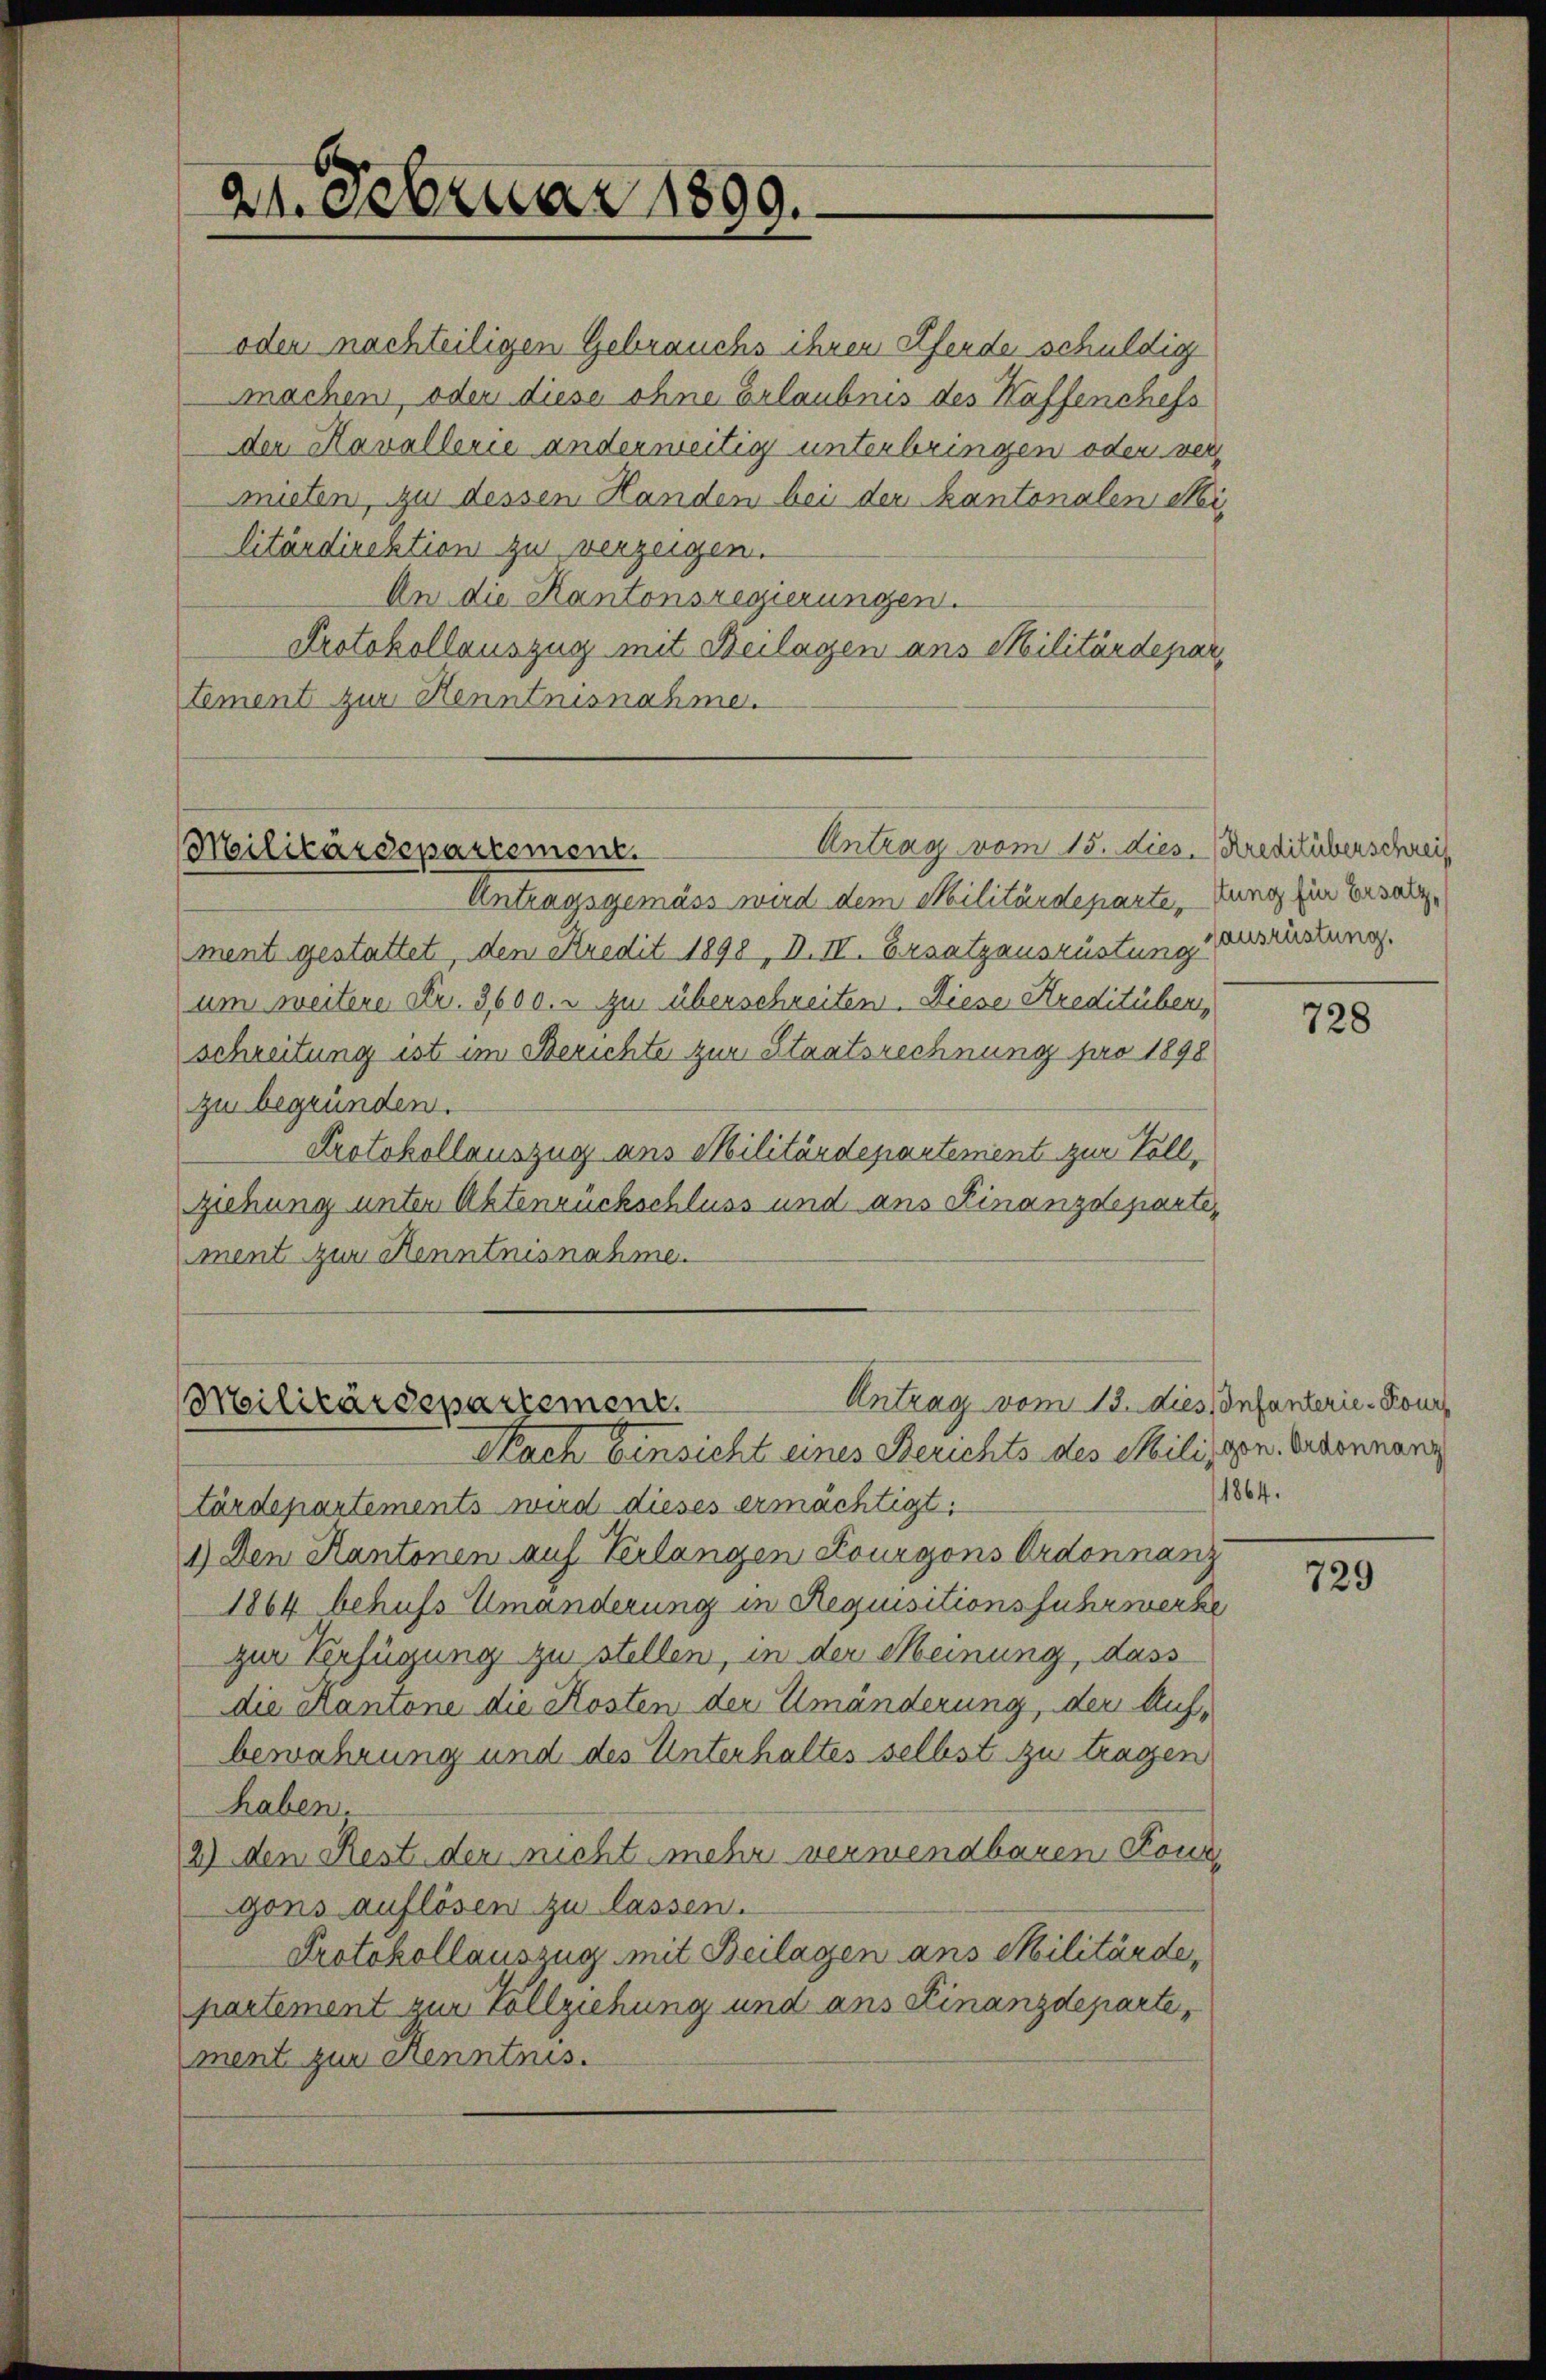
21. Februar 1899.

oder nachteiligen Gebrauchs ihren Pferde schuldig
machen, oder diese ohne Erlaubnis des Kaffenchefs
der Kavallerie anderweitig unterbringen oder vermieten, zu dessen Handen bei der Kantonalen Militärdirektion zu verzeigen.
An die Kantonsregierungen.
Protokollauszug mit Beilagen aus Militärdepar¬
Tement zur Henntnisnahme.

Antrag vom 15. dies. Kredilüberschreif
Militärdepartement.

Antrag vom 13. dies Infanterie-Pour
Militärdepartement.
Nach Einsicht eines Berichts des Milizzen. Ordonnanz

Antragsgemäss wird dem Militärdeparte, Jung für Ersatzment gestattet, dem Kredit 1898, D. III. Ersatzensrüstung verrückung.
um weitere Fr. 3600. - zu überschreiten. Diese Kreditüben,
schreitung ist im Berichte zur Staatsrechnung pro 1898
zu begründen.
Protokollauszug aus Militärdepartement zur Voll,
ziehung unter Aktenrückschluss und ans Finanzdepartement zur Kenntnisnahme.

tärdepartements wird dieses ermächtigt.
1) Den Kantonen auf Verlangen Lourgons Ordonnanz
1864 behufs Umänderung in Requisitionsfuhrwerbe
zur Verfügung zu stellen, in der Meinung, dass
die Kantone die Kosten der Umänderung, der Aufbewahrung und des Unterhaltes selbst zu tragen
haben.
2) den Rest der nicht mehr verwendbaren Fond
gons auflösen zu lassen.
Protokollauszug mit Beilagen ans Militärde,
partement zur Vollziehung und ans Finanzdeparte,
ment zur Kenntnis.

728

1864.

729